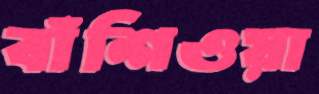
বাঁশিওয়া